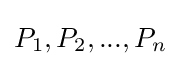
P_{1},P_{2},...,P_{n}